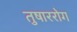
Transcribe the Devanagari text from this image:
तुषाररोग